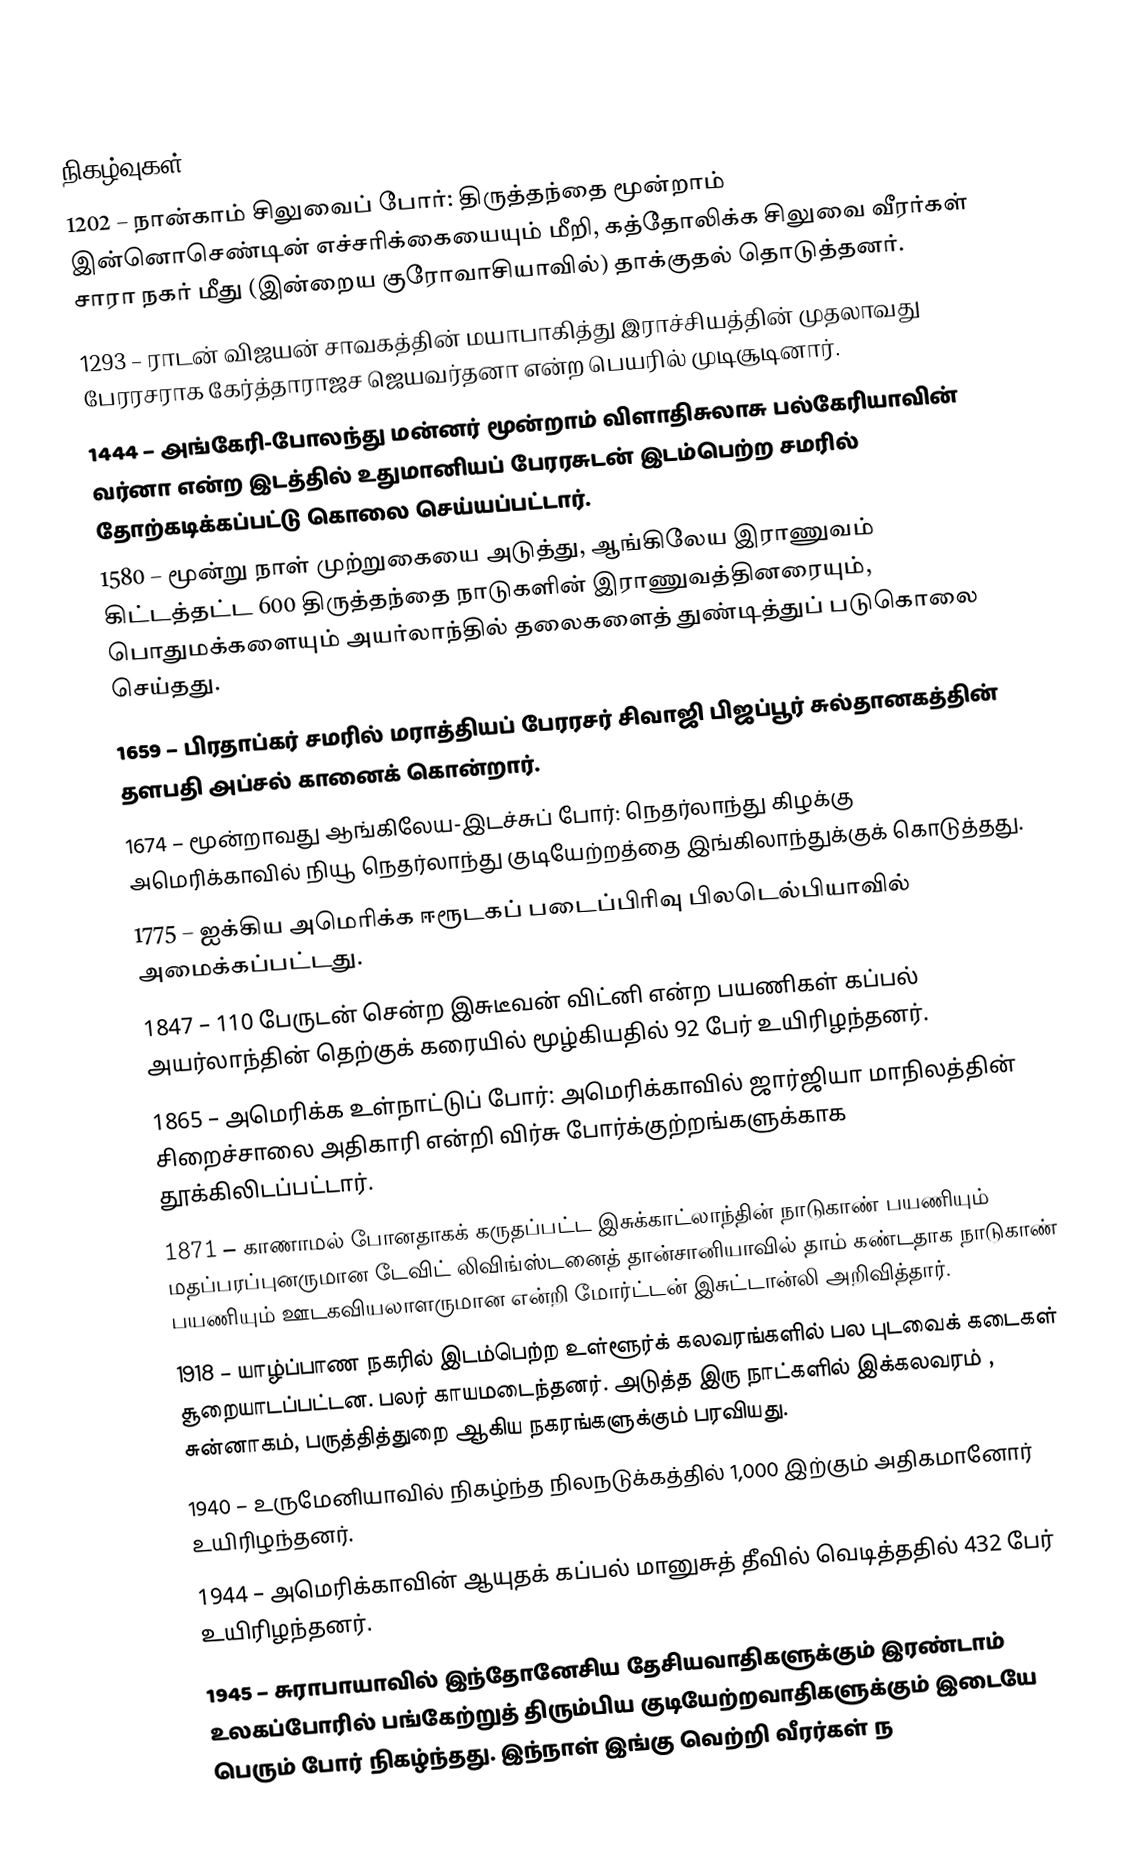

நிகழ்வுகள்
1202 – நான்காம் சிலுவைப் போர்: திருத்தந்தை மூன்றாம் இன்னொசெண்டின் எச்சரிக்கையையும் மீறி, கத்தோலிக்க சிலுவை வீரர்கள் சாரா நகர் மீது (இன்றைய குரோவாசியாவில்) தாக்குதல் தொடுத்தனர்.
1293 – ராடன் விஜயன் சாவகத்தின் மயாபாகித்து இராச்சியத்தின் முதலாவது பேரரசராக கேர்த்தாராஜச ஜெயவர்தனா என்ற பெயரில் முடிசூடினார்.
1444 – அங்கேரி-போலந்து மன்னர் மூன்றாம் விளாதிசுலாசு பல்கேரியாவின் வர்னா என்ற இடத்தில் உதுமானியப் பேரரசுடன் இடம்பெற்ற சமரில் தோற்கடிக்கப்பட்டு கொலை செய்யப்பட்டார்.
1580 – மூன்று நாள் முற்றுகையை அடுத்து, ஆங்கிலேய இராணுவம் கிட்டத்தட்ட 600 திருத்தந்தை நாடுகளின் இராணுவத்தினரையும், பொதுமக்களையும் அயர்லாந்தில் தலைகளைத் துண்டித்துப் படுகொலை செய்தது.
1659 – பிரதாப்கர் சமரில் மராத்தியப் பேரரசர் சிவாஜி பிஜப்பூர் சுல்தானகத்தின் தளபதி அப்சல் கானைக் கொன்றார்.
1674 – மூன்றாவது ஆங்கிலேய-இடச்சுப் போர்: நெதர்லாந்து கிழக்கு அமெரிக்காவில் நியூ நெதர்லாந்து குடியேற்றத்தை இங்கிலாந்துக்குக் கொடுத்தது.
1775 – ஐக்கிய அமெரிக்க ஈரூடகப் படைப்பிரிவு பிலடெல்பியாவில் அமைக்கப்பட்டது.
1847 – 110 பேருடன் சென்ற இசுடீவன் விட்னி என்ற பயணிகள் கப்பல் அயர்லாந்தின் தெற்குக் கரையில் மூழ்கியதில் 92 பேர் உயிரிழந்தனர்.
1865 – அமெரிக்க உள்நாட்டுப் போர்: அமெரிக்காவில் ஜார்ஜியா மாநிலத்தின் சிறைச்சாலை அதிகாரி என்றி விர்சு போர்க்குற்றங்களுக்காக தூக்கிலிடப்பட்டார்.
1871 – காணாமல் போனதாகக் கருதப்பட்ட இசுக்காட்லாந்தின் நாடுகாண் பயணியும் மதப்பரப்புனருமான டேவிட் லிவிங்ஸ்டனைத் தான்சானியாவில் தாம் கண்டதாக நாடுகாண் பயணியும் ஊடகவியலாளருமான என்றி மோர்ட்டன் இசுட்டான்லி அறிவித்தார்.
1918 – யாழ்ப்பாண நகரில் இடம்பெற்ற உள்ளூர்க் கலவரங்களில் பல புடவைக் கடைகள் சூறையாடப்பட்டன. பலர் காயமடைந்தனர். அடுத்த இரு நாட்களில் இக்கலவரம் , சுன்னாகம், பருத்தித்துறை ஆகிய நகரங்களுக்கும் பரவியது.
1940 – உருமேனியாவில் நிகழ்ந்த நிலநடுக்கத்தில் 1,000 இற்கும் அதிகமானோர் உயிரிழந்தனர்.
1944 – அமெரிக்காவின் ஆயுதக் கப்பல் மானுசுத் தீவில் வெடித்ததில் 432 பேர் உயிரிழந்தனர்.
1945 – சுராபாயாவில் இந்தோனேசிய தேசியவாதிகளுக்கும் இரண்டாம் உலகப்போரில் பங்கேற்றுத் திரும்பிய குடியேற்றவாதிகளுக்கும் இடையே பெரும் போர் நிகழ்ந்தது. இந்நாள் இங்கு வெற்றி வீரர்கள் ந